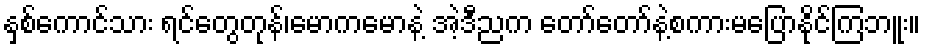
နှစ်ကောင်သား ရင်တွေတုန်၊မောကမောနဲ့ အဲ့ဒီညက တော်တော်နဲ့စကားမပြောနိုင်ကြဘူး။